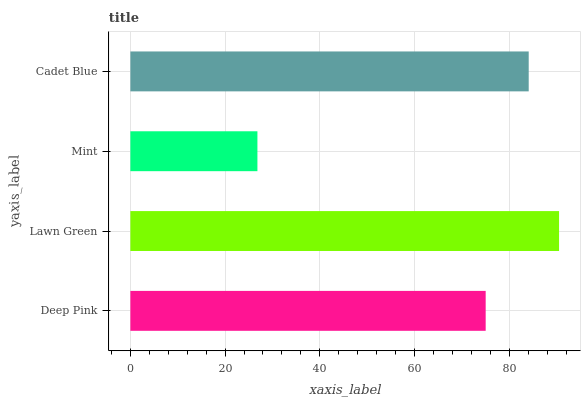
| yaxis_label | bars |
 | --- | --- |
 | Deep Pink | 75 |
 | Lawn Green | 90.5 |
 | Mint | 26.8 |
 | Cadet Blue | 84.1 |